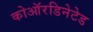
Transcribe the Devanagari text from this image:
कोऑरडिनेटेड